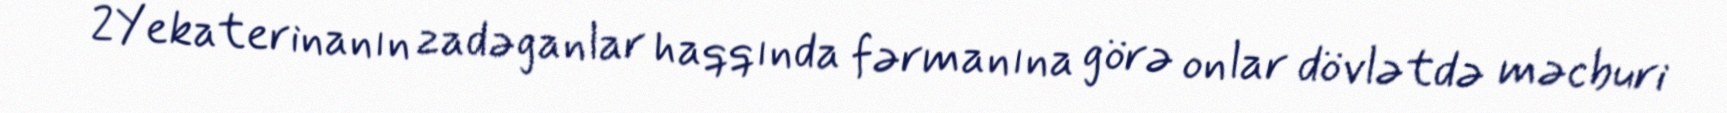
2Yekaterinanın zadəganlar haqqında fərmanına görə onlar dövlətdə məcburi